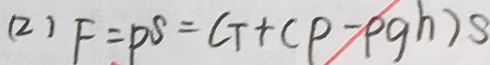
( 2 ) F = P S = G T + C P - \rho g h ) s